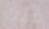
قلت